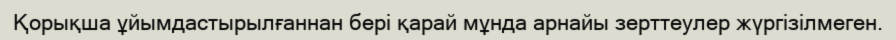
Қорықша ұйымдастырылғаннан бері қарай мұнда арнайы зерттеулер жүргізілмеген.